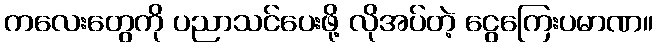
ကလေးတွေကို ပညာသင်ပေးဖို့ လိုအပ်တဲ့ ငွေကြေးပမာဏ။